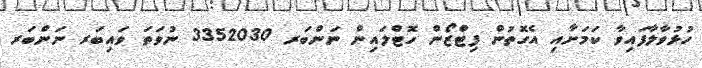
ހުޅުވާލާފައިވާ ކަމަށާއި އެގޮތުން ފިޓްޒޯން ހޮޓްލައިން ނަންބަރ 3352030 ނުވަތަ ވައިބަރ ނަންބަރ